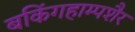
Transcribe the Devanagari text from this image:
बकिंगहाम्पशैर